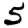
Digit: 5